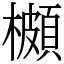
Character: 櫇